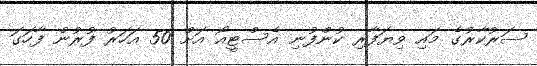
ސަރުކާރުގެ މައި ވިޔަފާރި ކުންފުނި އެސްޓީއޯ އަށް 50 އަހަރު ފުރުން ފާހަގަ